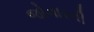
જોનારની